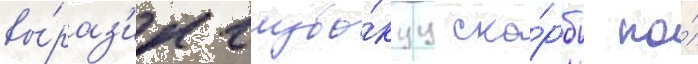
вы́раз'ил глубо́куу ско́рбь по́